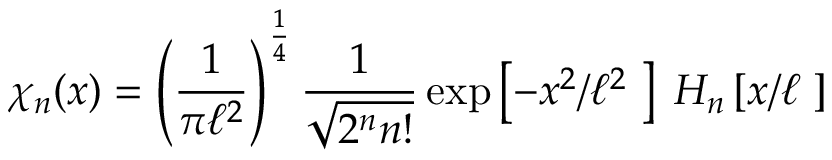
\chi _ { n } ( x ) = \left( \frac { 1 } { \pi \ell ^ { 2 } } \right) ^ { \frac { 1 } { 4 } } \frac { 1 } { \sqrt { 2 ^ { n } n ! } } \exp \left[ - x ^ { 2 } / \ell ^ { 2 } \; \right] \; H _ { n } \left[ x / \ell \; \right]